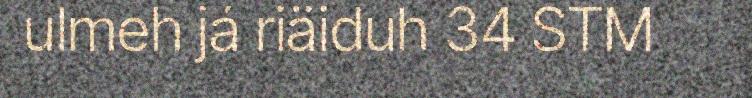
ulmeh já riäiduh 34 STM